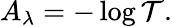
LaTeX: A_{\lambda}=-\log{\mathcal{T}}.